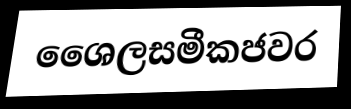
ශෛලසමීකජවර